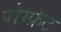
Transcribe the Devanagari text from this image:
पौम्‍फ्रेट